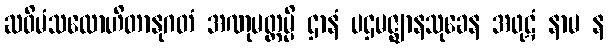
ဆဝိမံသလောဟိတာနုဂတံ အဏုမတ္တမ္ပိ ဌာနံ ပဌမဇ္ဈာနသုခေန အဖုဋံ နာမ န